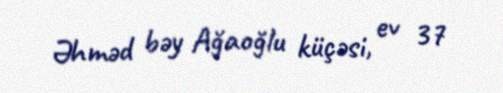
Əhməd bəy Ağaoğlu küçəsi, ev 37